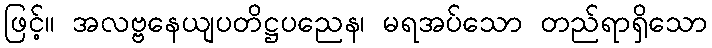
ဖြင့်။ အလဗ္ဗနေယျပတိဋ္ဌပညေန၊ မရအပ်သော တည်ရာရှိသော